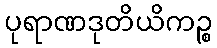
ပုရာဏဒုတိယိကဉ္စ